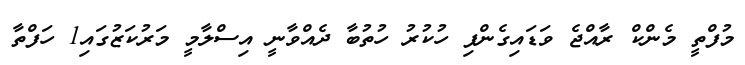
މުފްތީ މެންކް ރާއްޖެ ވަޑައިގެންފި ހުކުރު ހުތުބާ ދެއްވާނީ އިސްލާމީ މަރުކަޒުގައި1 ހަފްތާ